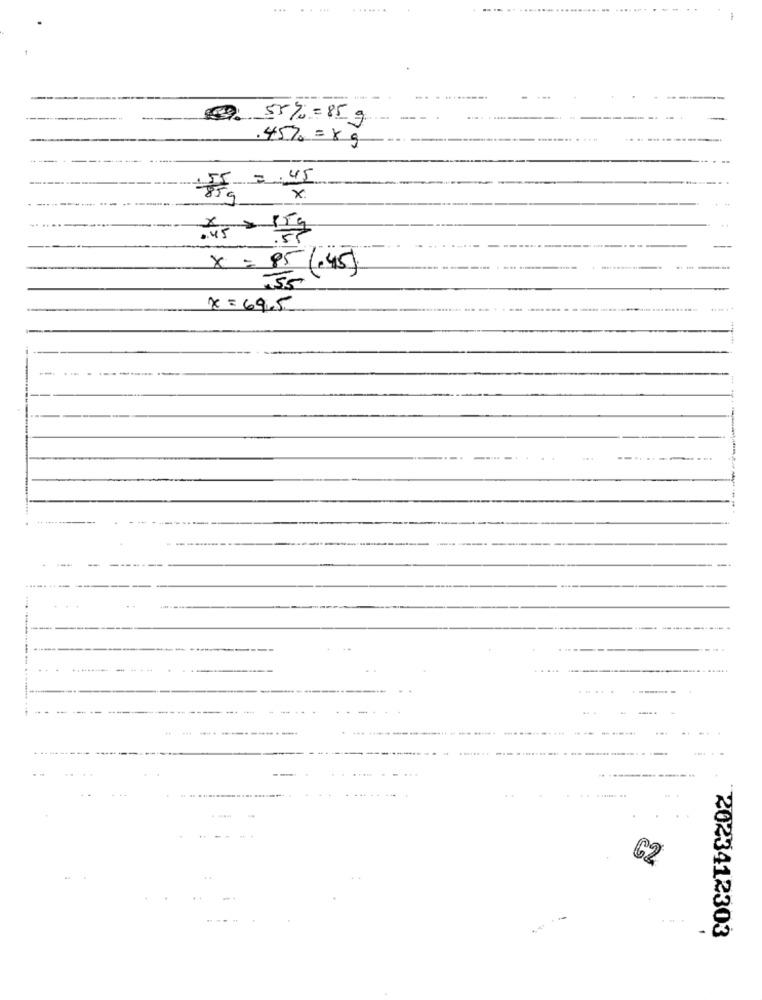
.......
....--
. .
9. 55%=85g
.45% = 8g
X
.45 = 15
---.
x= 95 (45)
x = 69.5
-
62
2023412303